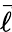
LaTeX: \vec{\ell}